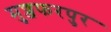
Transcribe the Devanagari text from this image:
मुज्जफरपुर